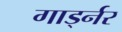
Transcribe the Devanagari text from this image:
गार्ड्नर